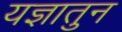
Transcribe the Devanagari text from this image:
यज्ञातुन